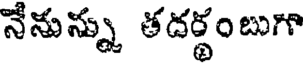
నేనున్ను తదర్థంబుగా